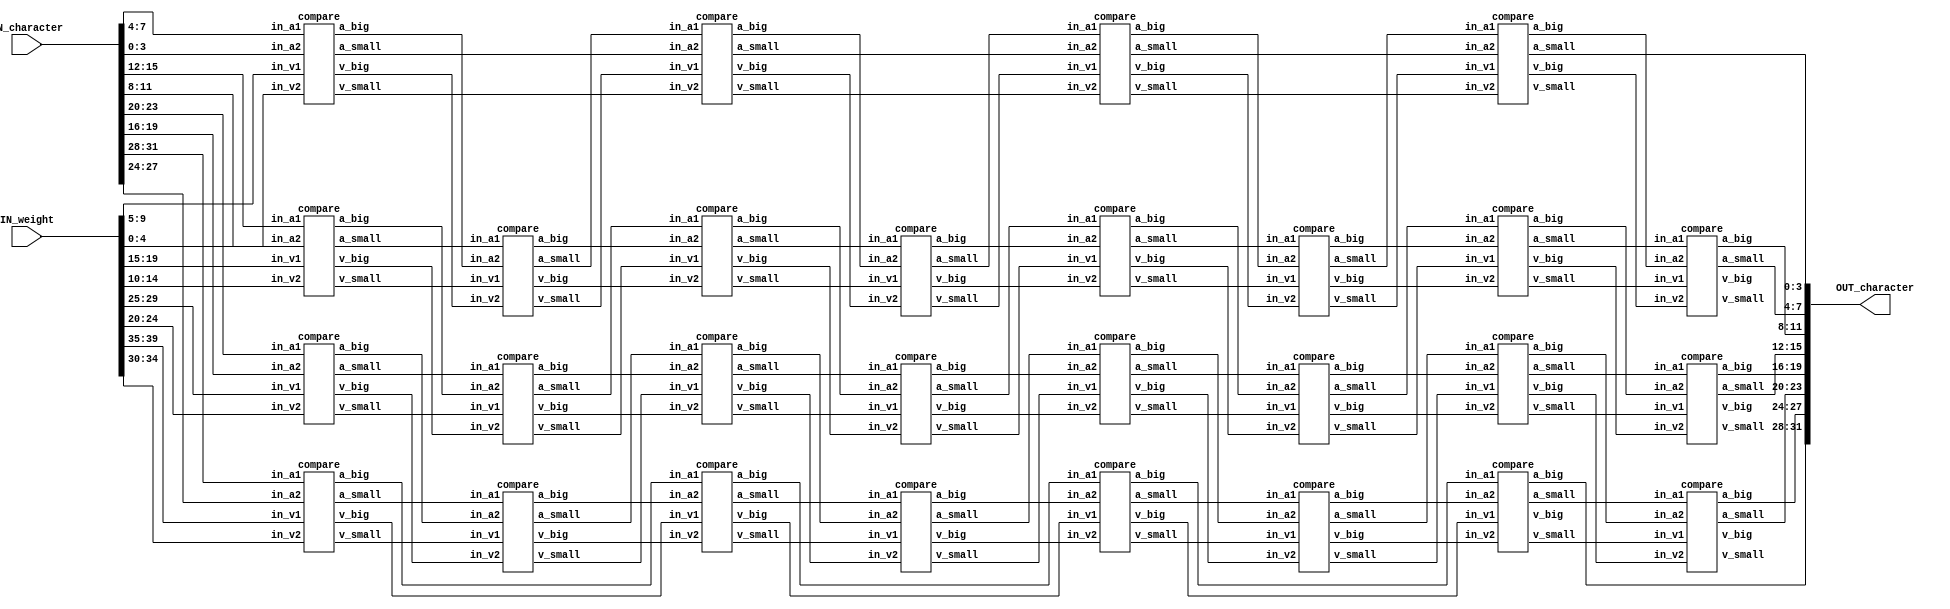
//############################################################################
//++++++++++++++++++++++++++++++++++++++++++++++++++++++++++++++++++++++++++++
//    (C) Copyright System Integration and Silicon Implementation Laboratory
//    All Right Reserved
//		Version		: v1.0
//   	Module Name : SORT_IP
//++++++++++++++++++++++++++++++++++++++++++++++++++++++++++++++++++++++++++++
//############################################################################
module SORT_IP #(parameter IP_WIDTH = 8) (
    // Input signals
    IN_character, IN_weight,
    // Output signals
    OUT_character
);

// ===============================================================
// Input & Output
// ===============================================================
input [IP_WIDTH*4-1:0]  IN_character; // index table: {4'd7,4'd6,4'd5,4'd4,4'd3,4'd2,4'd1,4'd0}
input [IP_WIDTH*5-1:0]  IN_weight;   //  value table: {5'd3,5'd7,5'd6,5'd5,5'd3,5'd3,5'd5,5'd7}

output reg [IP_WIDTH*4-1:0] OUT_character;

// ===============================================================
// Design
// ===============================================================

// (1,2) (3,4) (5,6) (7,8)
//merge sort
//4     compare 5 times  (2+1+2=5)
//5     2+2+2+2+1 = 9    (2+2+2+2+2)
//6     3+2+2+  +5 = 12    3+2+3+2+3+2 = 15
//8     4+                   4+3+4+3+4 +3+4+3= 28   
reg [3:0] addr_in [0:7];
wire [3:0] addr[0:7][1:8];
reg [4:0] value_in[0:7];
wire [4:0] value[0:7][1:8];
//load input
genvar i;
generate
    for(i =0 ;i<8;i=i+1) begin
        always@(*)begin
            if(i>IP_WIDTH-1) begin
                addr_in[i] = 15;
                value_in[i] = 31;
            end
            else begin
                addr_in[i] = IN_character[i*4 + 3:i*4];
                value_in[i] = IN_weight[i*5 + 4:i*5];
            end
        end
    end
endgenerate

//merge sort
genvar r1;
generate
    for(r1=0;r1<8;r1=r1+2)begin
    compare c1(.in_v1(value_in[r1+1]),.in_v2(value_in[r1]),.in_a1(addr_in[r1+1]),.in_a2(addr_in[r1]),.v_big(value[r1+1][1]),.v_small(value[r1][1]),.a_big(addr[r1+1][1]),.a_small(addr[r1][1]));
    compare c3(.in_v1(value[r1+1][2]),.in_v2(value[r1][2]),.in_a1(addr[r1+1][2]),.in_a2(addr[r1][2]),.v_big(value[r1+1][3]),.v_small(value[r1][3]),.a_big(addr[r1+1][3]),.a_small(addr[r1][3]));
    compare c5(.in_v1(value[r1+1][4]),.in_v2(value[r1][4]),.in_a1(addr[r1+1][4]),.in_a2(addr[r1][4]),.v_big(value[r1+1][5]),.v_small(value[r1][5]),.a_big(addr[r1+1][5]),.a_small(addr[r1][5]));
    compare c7(.in_v1(value[r1+1][6]),.in_v2(value[r1][6]),.in_a1(addr[r1+1][6]),.in_a2(addr[r1][6]),.v_big(value[r1+1][7]),.v_small(value[r1][7]),.a_big(addr[r1+1][7]),.a_small(addr[r1][7]));
end
endgenerate

genvar r2;
generate
    for(r2=1;r2<6;r2=r2+2) begin
        compare c2(.in_v1(value[r2+1][1]),.in_v2(value[r2][1]),.in_a1(addr[r2+1][1]),.in_a2(addr[r2][1]),.v_big(value[r2+1][2]),.v_small(value[r2][2]),.a_big(addr[r2+1][2]),.a_small(addr[r2][2]));
        compare c4(.in_v1(value[r2+1][3]),.in_v2(value[r2][3]),.in_a1(addr[r2+1][3]),.in_a2(addr[r2][3]),.v_big(value[r2+1][4]),.v_small(value[r2][4]),.a_big(addr[r2+1][4]),.a_small(addr[r2][4]));
        compare c6(.in_v1(value[r2+1][5]),.in_v2(value[r2][5]),.in_a1(addr[r2+1][5]),.in_a2(addr[r2][5]),.v_big(value[r2+1][6]),.v_small(value[r2][6]),.a_big(addr[r2+1][6]),.a_small(addr[r2][6]));
        compare c8(.in_v1(value[r2+1][7]),.in_v2(value[r2][7]),.in_a1(addr[r2+1][7]),.in_a2(addr[r2][7]),.v_big(value[r2+1][8]),.v_small(value[r2][8]),.a_big(addr[r2+1][8]),.a_small(addr[r2][8]));
    end
endgenerate

assign value[0][2] = value[0][1];
assign value[7][2] = value[7][1];
assign value[0][4] = value[0][3];
assign value[7][4] = value[7][3];
assign value[0][6] = value[0][5];
assign value[7][6] = value[7][5];
assign value[0][8] = value[0][7];
assign value[7][8] = value[7][7];
assign addr[0][2] = addr[0][1];
assign addr[7][2] = addr[7][1];
assign addr[0][4] = addr[0][3];
assign addr[7][4] = addr[7][3];
assign addr[0][6] = addr[0][5];
assign addr[7][6] = addr[7][5];
assign addr[0][8] = addr[0][7];
assign addr[7][8] = addr[7][7];

    
always@(*)begin
    case(IP_WIDTH)
	    3'd2: OUT_character = {addr[1][1],addr[0][1]};
        3'd3: OUT_character = {addr[2][3],addr[1][3],addr[0][3]};
        3'd4: OUT_character = {addr[3][4],addr[2][4],addr[1][4],addr[0][4]};
        3'd5: OUT_character = {addr[4][5],addr[3][5],addr[2][5],addr[1][5],addr[0][5]};
        3'd6: OUT_character = {addr[5][6],addr[4][6],addr[3][6],addr[2][6],addr[1][6],addr[0][6]};
        3'd7: OUT_character = {addr[6][7],addr[5][7],addr[4][7],addr[3][7],addr[2][7],addr[1][7],addr[0][7]};
        default: OUT_character = {addr[7][8],addr[6][8],addr[5][8],addr[4][8],addr[3][8],addr[2][8],addr[1][8],addr[0][8]};
    endcase
end



endmodule


module compare(in_v1,in_v2,in_a1,in_a2,v_big,v_small,a_big,a_small);
    input [4:0] in_v1,in_v2;
    input [3:0] in_a1,in_a2;
    output reg [4:0] v_big,v_small;
    output reg [3:0] a_big,a_small;

    always@(*)begin
        if(in_v1 < in_v2)begin
            v_big = in_v2;
            v_small = in_v1;
            a_big = in_a2;
            a_small = in_a1;
        end
        else begin
            v_big = in_v1;
            v_small = in_v2;
            a_big = in_a1;
            a_small = in_a2;
        end
    end
endmodule